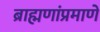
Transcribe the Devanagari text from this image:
ब्राह्मणांप्रमाणे